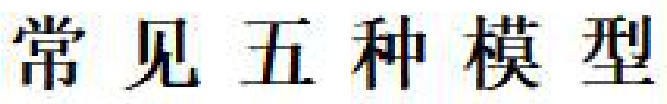
常见五种模型